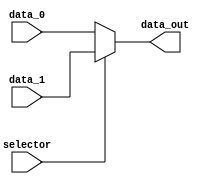
module mux_WriteData(
    input wire selector,
    input wire [31:0] data_0,
    input wire [31:0] data_1,
    output wire [31:0] data_out
);

    assign data_out = (selector) ? data_1 : data_0; 

endmodule